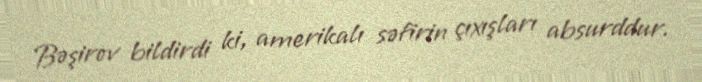
Bəşirov bildirdi ki, amerikalı səfirin çıxışları absurddur.